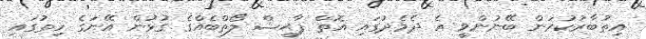
އިތުބާރުކުރަން ބޭނުންވީ އެ ދެމެދުގައި އޮތް ފާޙިޝް ލޯތްބެއްގެ ގުޅުން އޭނަގެ ހިތުގައި